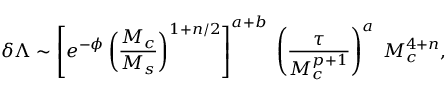
\delta \Lambda \sim \left[ e ^ { - \phi } \left( { \frac { M _ { c } } { M _ { s } } } \right) ^ { 1 + n / 2 } \right] ^ { a + b } \; \left( { \frac { \tau } { M _ { c } ^ { p + 1 } } } \right) ^ { a } \; M _ { c } ^ { 4 + n } ,